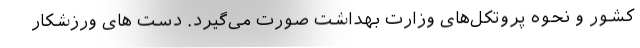
کشور و نحوه پروتکل‌های وزارت بهداشت صورت می‌گیرد. دست های ورزشکار